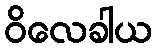
ဝိလေခါယ